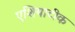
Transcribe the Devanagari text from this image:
एशियाटीक